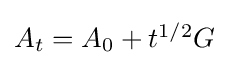
{\textstyle A_{t}=A_{0}+t^{1/2}G}